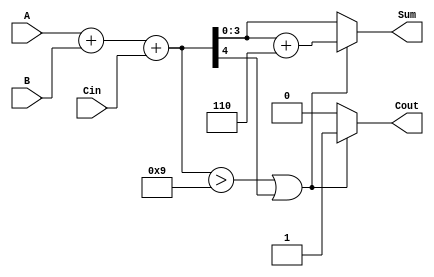
module BCD_Fast_Adder (
    input  wire [3:0] A,      // First BCD digit
    input  wire [3:0] B,      // Second BCD digit
    input  wire Cin,          // Carry-in
    output reg  [3:0] Sum,    // Resulting BCD digit (sum)
    output reg  Cout          // Carry-out
);

    // Intermediate signals
    wire [4:0] binary_sum;     // 5-bit to accommodate carry
    wire adjustment_needed;     // Flag for BCD adjustment

    // Step 1: Binary addition
    assign binary_sum = A + B + Cin;

    // Step 2: Check if adjustment is needed
    assign adjustment_needed = (binary_sum > 9) || (binary_sum[4]); // Check if sum > 9 or carry out

    // Step 3: BCD adjustment
    always @(*) begin
        if (adjustment_needed) begin
            Sum = binary_sum[3:0] + 4'b0110; // Add 6 for BCD correction
            Cout = 1; // Set carry out
        end else begin
            Sum = binary_sum[3:0]; // No adjustment needed
            Cout = 0; // No carry out
        end
    end

endmodule